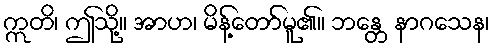
ဣတိ၊ ဤသို့။ အာဟ၊ မိန့်တော်မူ၏။ ဘန္တေ နာဂသေန၊